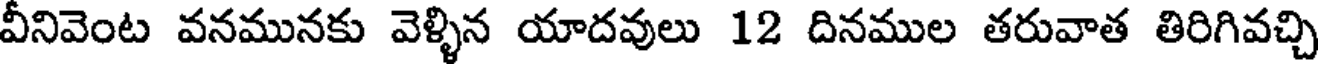
వీనివెంట వనమునకు వెళ్ళిన యాదవులు 12 దినముల తరువాత తిరిగివచ్చి